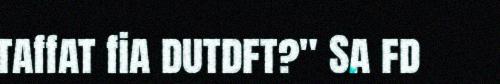
taffat fia dutdft?" Sa fd